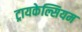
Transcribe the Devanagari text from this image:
ट्रायकेल्सियम